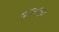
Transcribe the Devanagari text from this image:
कायका